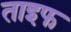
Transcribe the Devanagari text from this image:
ताइफ